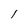
Character: l